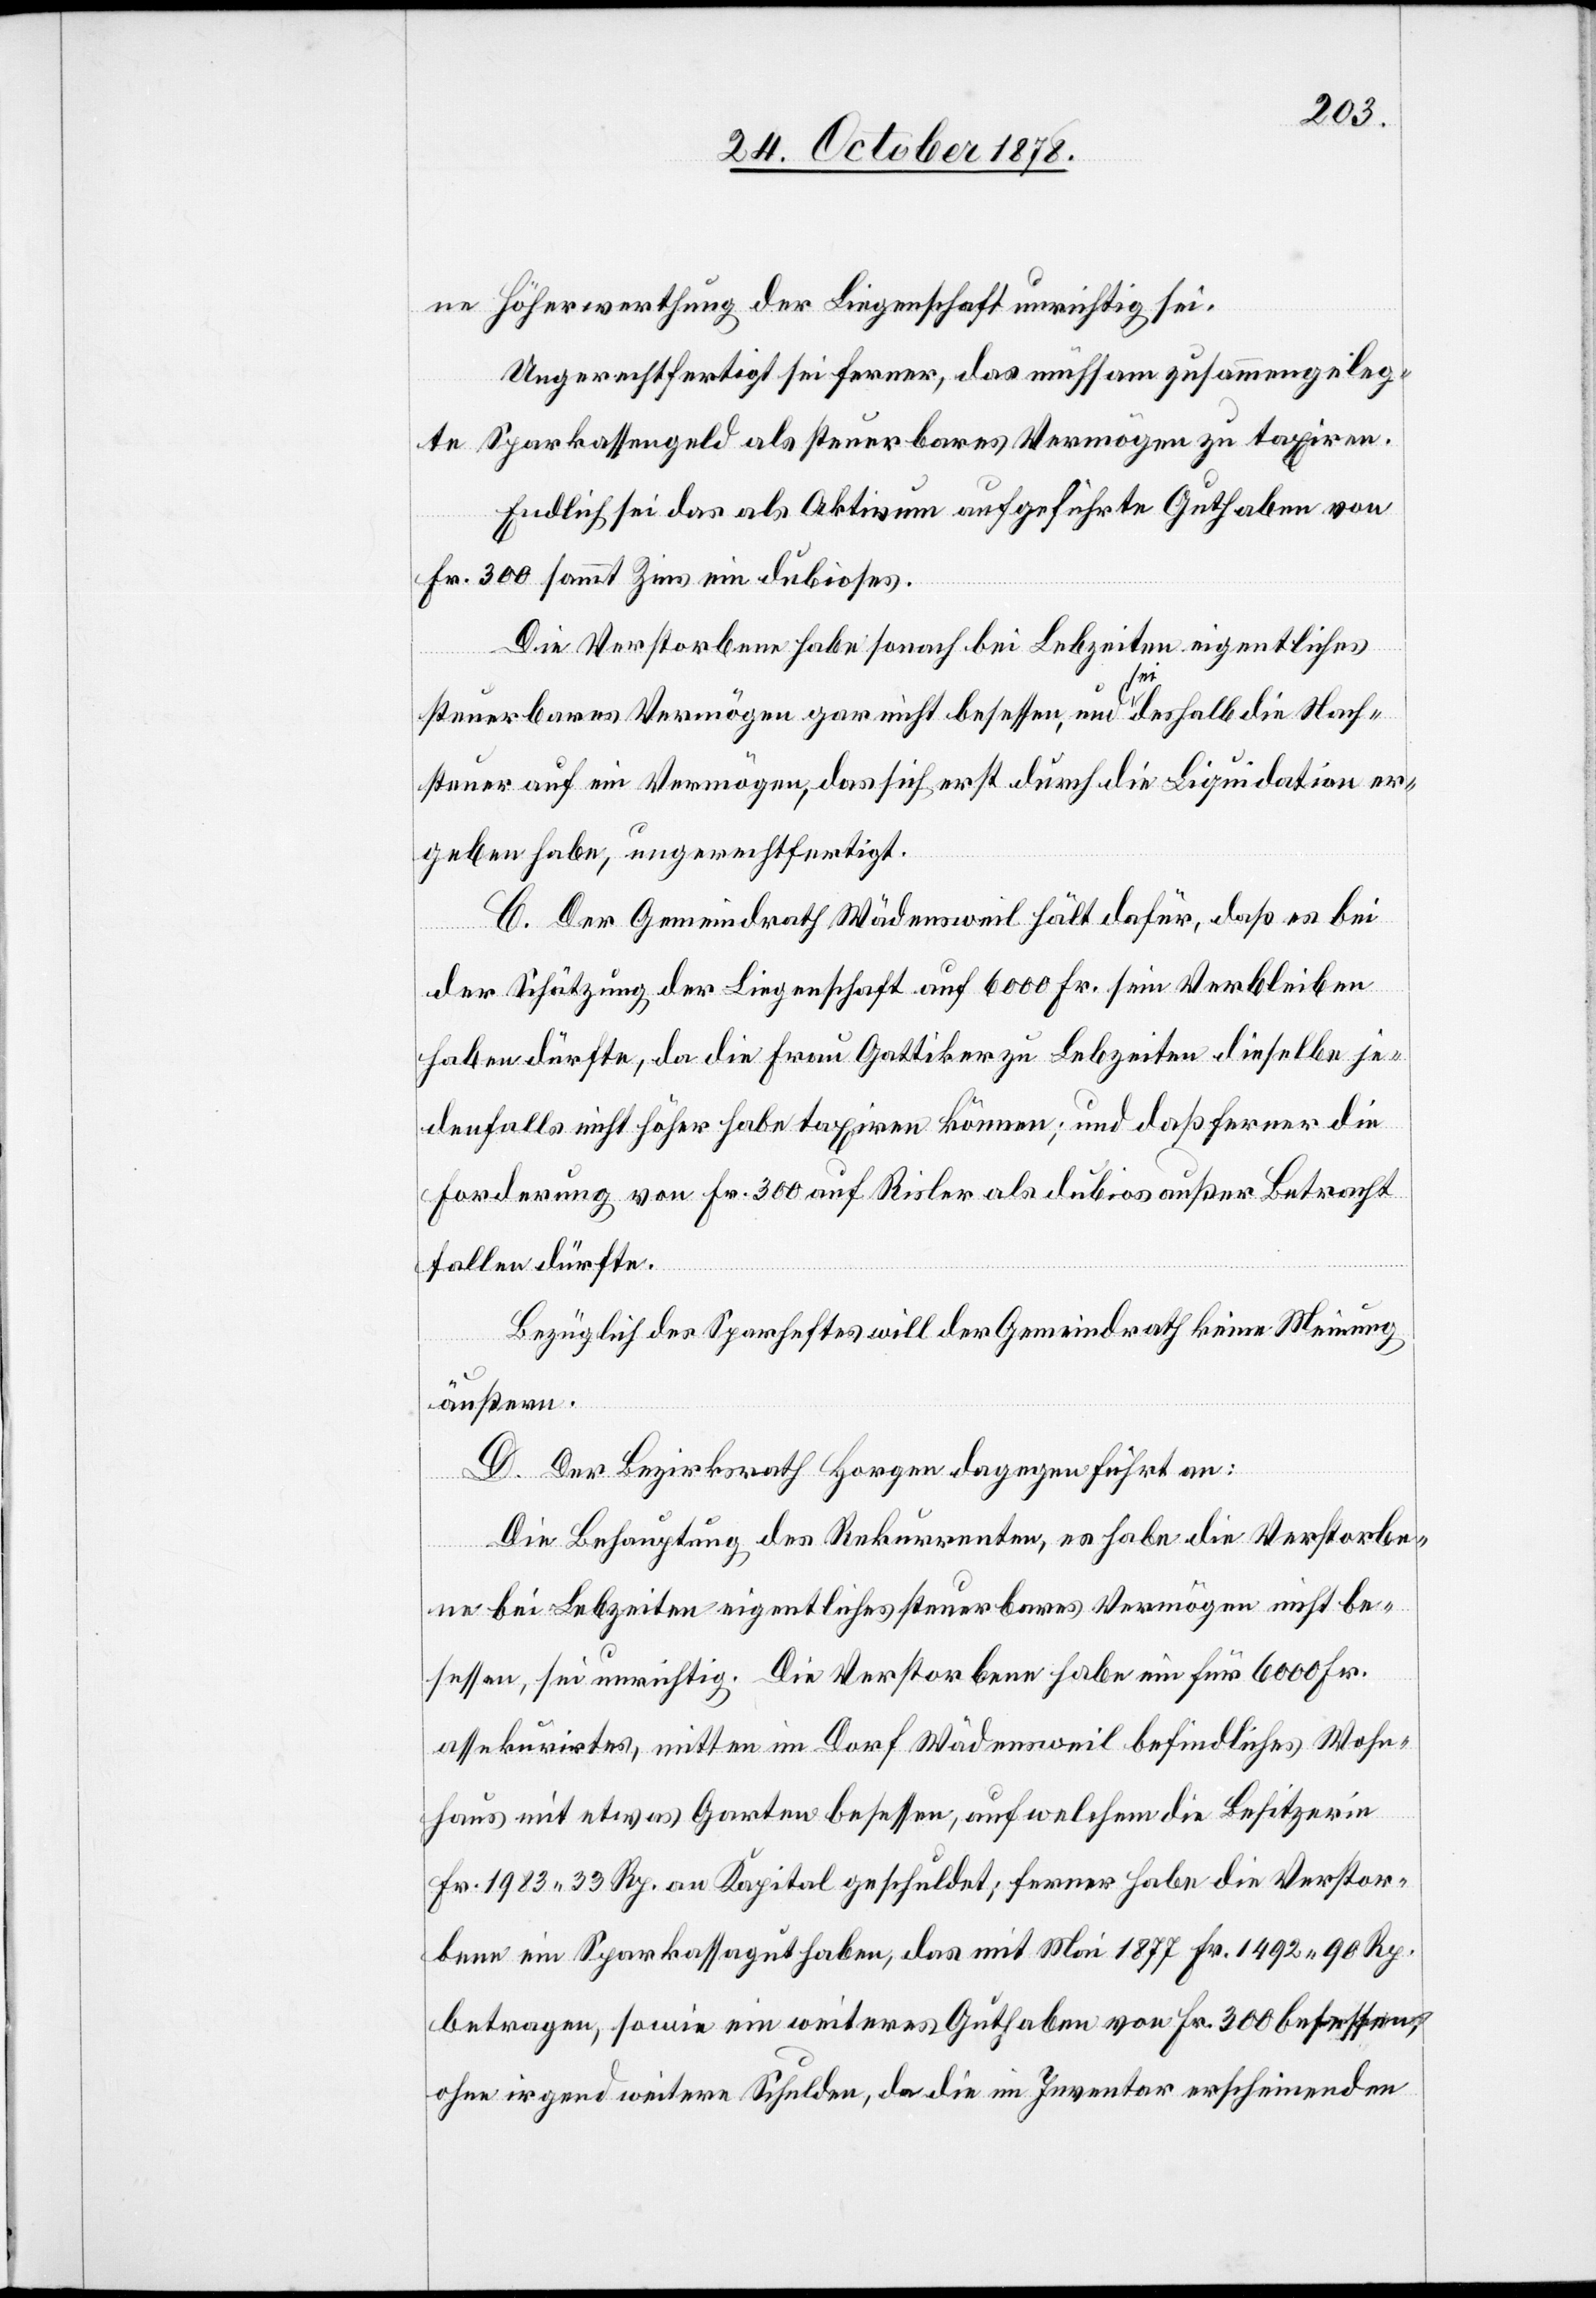
ne Höherwerthung der Liegenschaft unrichtig sei.
Ungerechtfertigt sei ferner, das mühsam zusammengeleg¬
te Sparkassengeld als steuerbares Vermögen zu taxiren.
Endlich sei das als Aktivum aufgeführte Guthaben von
Fr. 300 sammt Zins ein dubioses.
Die Verstorbene habe sonach bei Lebzeiten eigentliches
steuerbares Vermögen gar nicht besessen, und sei deshalb die Nach¬
steuer auf ein Vermögen, das sich erst durch die Liquidation er¬
geben habe, ungerechtfertigt.
C. Der Gemeindrath Wädensweil hält dafür, daß es bei
der Schätzung der Liegenschaft auf 6000 Fr. sein Verbleiben
haben dürfte, da die Frau Gattiker zu Lebzeiten dieselbe je¬
denfalls nicht höher habe taxiren können; und daß ferner die
Forderung von Fr. 300 auf Risler als dubios außer Betracht
fallen dürfte.
Bezüglich des Sparheftes will der Gemeindrath keine Meinung
äußern.
D. Der Bezirksrath Horgen dagegen führt an:
Die Behauptung des Rekurrenten, es habe die Verstorbe¬
ne bei Lebzeiten eigentliches steuerbares Vermögen nicht be¬
sessen, sei unrichtig. Die Verstorbene habe ein für 6000 Fr.
assekurirtes, mitten im Dorf Wädensweil befindliches Wohn¬
haus mit etwas Garten besessen, auf welchem die Besitzerin
Fr. 1983 33 Rp. an Kapital geschuldet; ferner habe die Verstor¬
bene ein Sparkassaguthaben, das mit Mai 1877 Fr. 1492 90 Rp.
betragen, sowie ein weiteres Guthaben von Fr. 300 besessen,
ohne irgend weitere Schulden, da die im Inventar erscheinenden